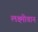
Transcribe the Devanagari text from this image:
लक्ष्मीवान